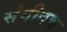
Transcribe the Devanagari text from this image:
संगीतच